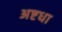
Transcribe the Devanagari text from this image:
अष्टधा